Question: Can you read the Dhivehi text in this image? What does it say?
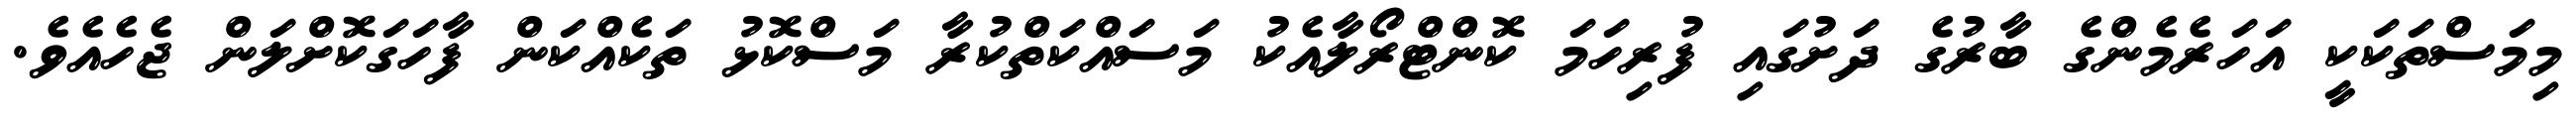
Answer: މިމަސްތަކަކީ އަހަރެމެންގެ ބާރުގެ ދަށުގައި ފުރިހަމަ ކޮންޓްރޯލާއެކު މަސައްކަތްކުރާ މަސްކޮޅު ތަކެއްކަން ފާހަގަކޮށްލަން ޖެހެއެވެ.